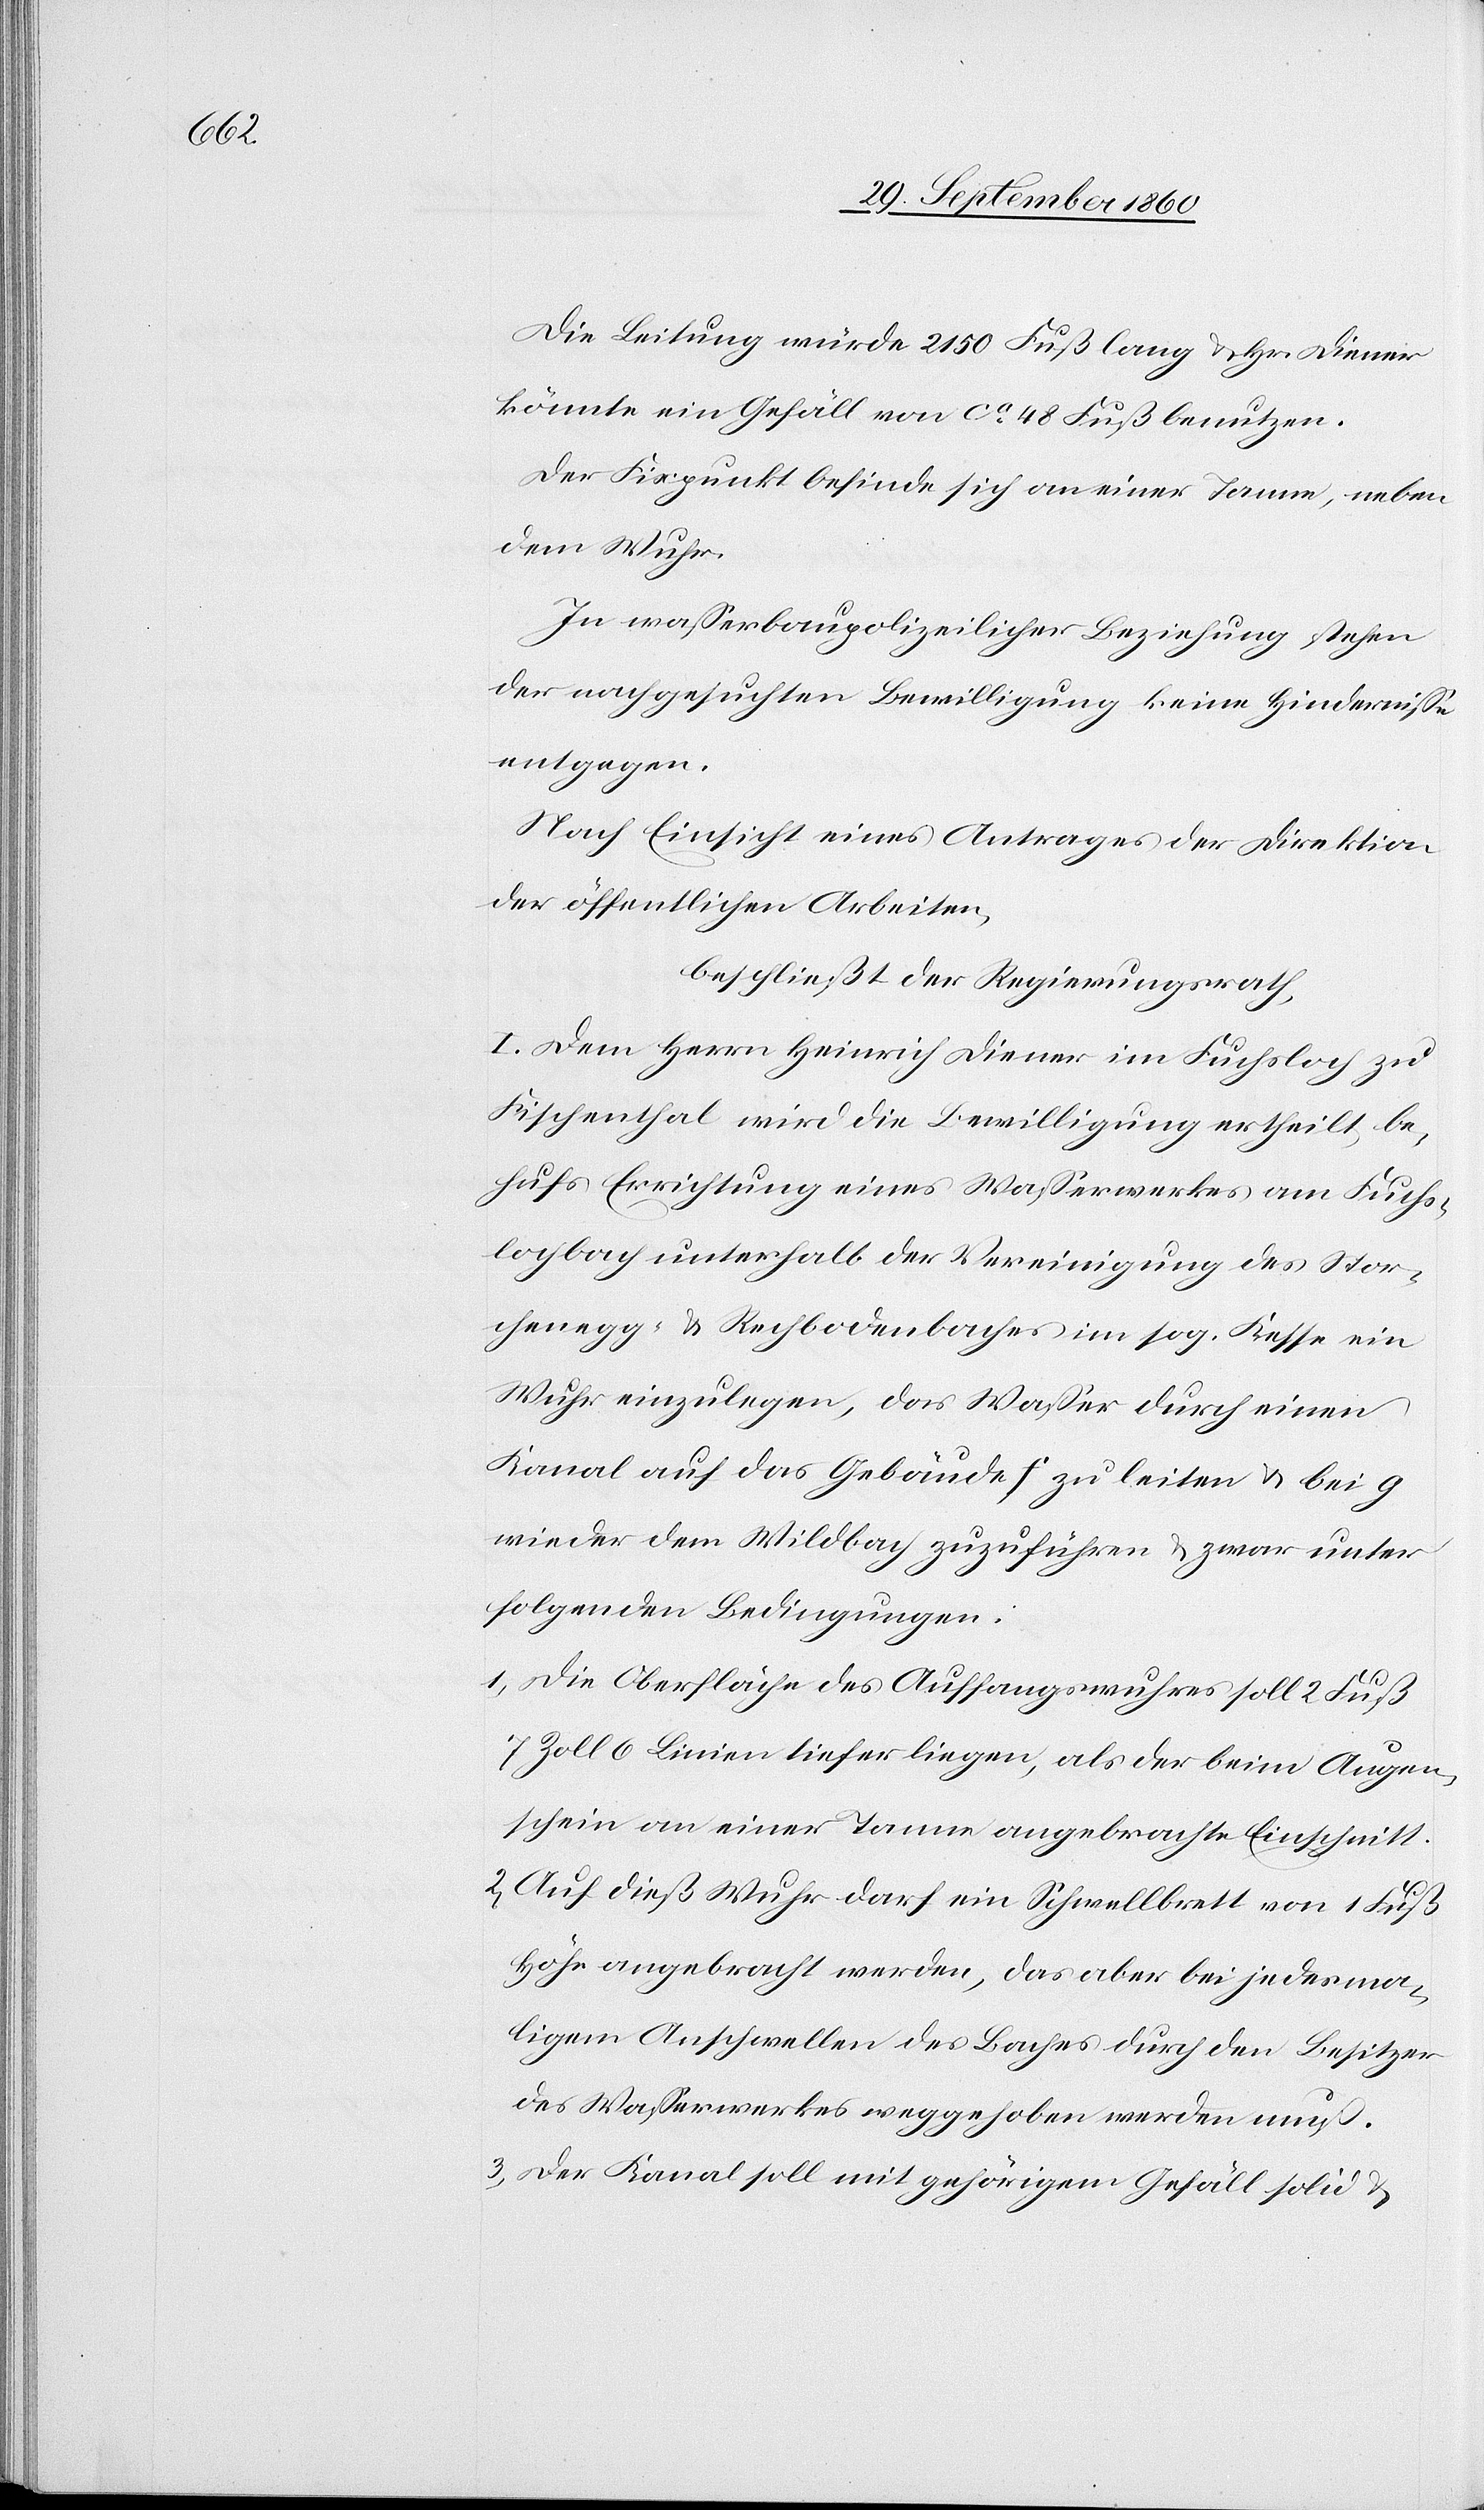
Die Leitung würde 2150 Fuß lang u. Hr. Diener
könnte ein Gefäll von ca 48 Fuß benutzen.
Der Fixpunkt befinde sich an einer Tanne, neben
dem Wuhr.
In wasserbaupolizeilicher Beziehung stehen
der nachgesuchten Bewilligung keine Hindernisse
entgegen.
Nach Einsicht eines Antrages der Direktion
der öffentlichen Arbeiten,
beschließt der Regierungsrath,
I. Dem Herrn Heinrich Diener im Fuchsloch zu
Fischenthal wird die Bewilligung ertheilt, be¬
hufs Errichtung eines Wasserwerkes am Fuchs¬
lochbach unterhalb der Vereinigung des Stor¬
chenegg- u. Rechenbodenbaches im sog. Kesse ein
Wuhr einzulegen, das Wasser durch einen
Kanal auf das Gebäude f zu leiten u. bei g
wieder dem Wildbach zuzuführen u. zwar unter
folgenden Bedingungen:
1) Die Oberfläche des Auffangswuhres soll 2 Fuß
7 Zoll 6 Linien tiefer liegen, als der beim Augen¬
schein an einer Tanne angebrachte Einschnitt.
2) Auf dieß Wuhr darf ein Schwellbrett von 1 Fuß
Höhe angebracht werden, das aber bei jedesma¬
ligem Anschwellen des Baches durch den Besitzer
des Wasserwerkes weggehoben werden muß.
3) Der Kanal soll mit gehörigem Gefäll solid u.